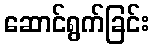
ဆောင်ရွက်ခြင်း